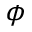
\phi